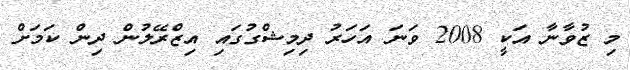
މި ޒުވާނާ އަކީ 2008 ވަނަ އަހަރު ދިމިޝްގުގައި އިޒްރޭލުން ދިން ކަމަށް